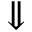
\Downarrow